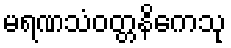
မရဏသံဝတ္တနိကေသု